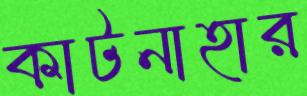
কাটনাহার